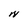
Character: N